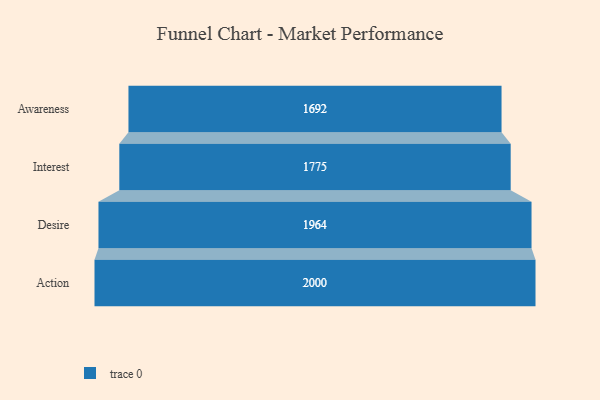
{"axis": {"x": "Stage", "y": "Value"}, "legend": [""], "data": [{"x": "Awareness", "y": 1692.0, "type": ""}, {"x": "Interest", "y": 1775.0, "type": ""}, {"x": "Desire", "y": 1964.0, "type": ""}, {"x": "Action", "y": 2000, "type": ""}]}